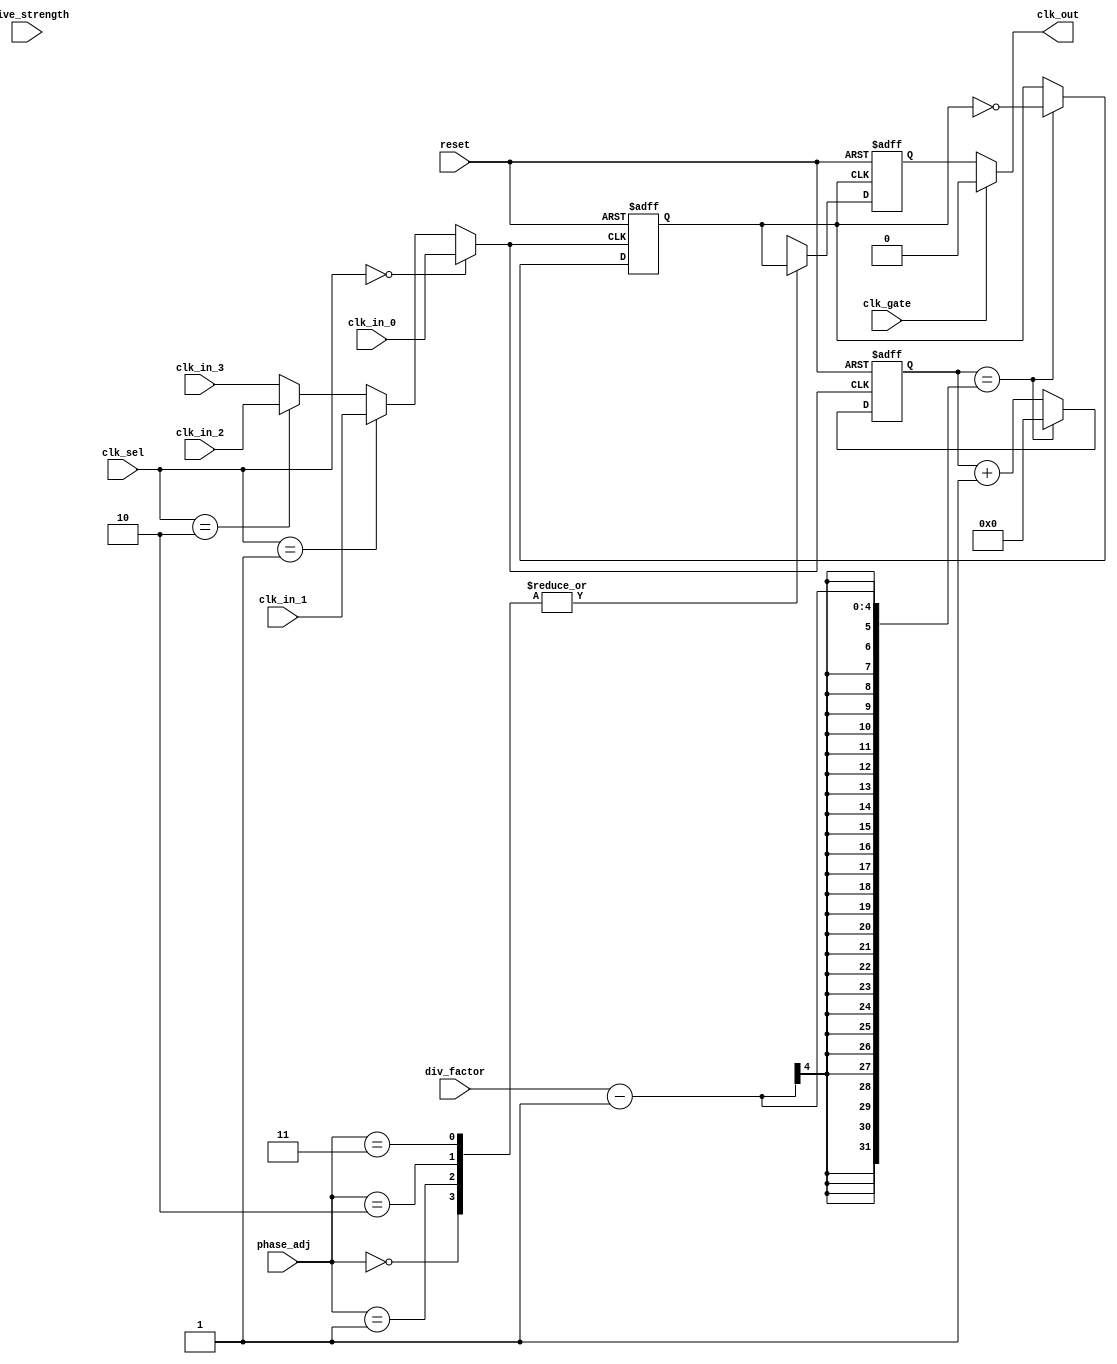
module programmable_clock_buffer (
    input wire clk_in_0,         // Clock input 0
    input wire clk_in_1,         // Clock input 1
    input wire clk_in_2,         // Clock input 2
    input wire clk_in_3,         // Clock input 3
    input wire [1:0] clk_sel,    // Clock select signal
    input wire [3:0] div_factor,  // Frequency division factor
    input wire [1:0] phase_adj,   // Phase adjustment setting
    input wire drive_strength,     // Output drive strength control
    input wire clk_gate,           // Clock gating control
    input wire reset,              // Reset signal
    output wire clk_out            // Output clock
);

// Internal wires
wire selected_clk;
wire divided_clk;
wire phase_adjusted_clk;
reg clk_out_buf;

// Clock input selection
assign selected_clk = (clk_sel == 2'b00) ? clk_in_0 :
                      (clk_sel == 2'b01) ? clk_in_1 :
                      (clk_sel == 2'b10) ? clk_in_2 :
                      clk_in_3; // clk_sel == 2'b11

// Frequency division
reg [3:0] counter;
always @(posedge selected_clk or posedge reset) begin
    if (reset) begin
        counter <= 0;
        clk_out_buf <= 0;
    end else begin
        if (counter == (div_factor - 1)) begin
            clk_out_buf <= ~clk_out_buf;
            counter <= 0;
        end else begin
            counter <= counter + 1;
        end
    end
end

// Phase adjustment - simple delayed output
reg phase_delayed_clk;
always @(posedge clk_out_buf or posedge reset) begin
    if (reset) begin
        phase_delayed_clk <= 0;
    end else begin
        case (phase_adj)
            2'b00: phase_delayed_clk <= clk_out_buf;          // No phase adjustment
            2'b01: phase_delayed_clk <= #1 clk_out_buf;     // +1 clock cycle
            2'b10: phase_delayed_clk <= #2 clk_out_buf;     // +2 clock cycles
            2'b11: phase_delayed_clk <= #3 clk_out_buf;     // +3 clock cycles
        endcase
    end
end

// Control drive strength
assign clk_out = (clk_gate) ? 1'b0 : (drive_strength ? phase_delayed_clk : phase_delayed_clk & (1'b1)); // Simplified drive strength control

endmodule